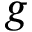
{ g }